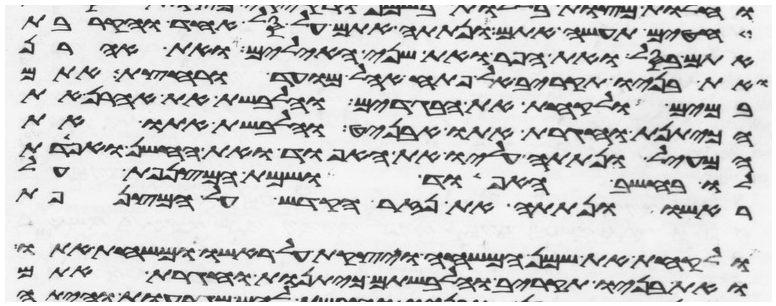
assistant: חטים תעשה אתם ונתתה אתם על סל אחד והקרבת
אתם בסל ואת הפר ואת שני האילים ואת אהרן
ואת בניו תקריב אל פתח אהל מועד ורחצת אתם
במים ולקחת את הבגדים והלבשת את אהרן את
הכיתנת וחגרת אתו אבניט והלבשת אתו את
המעיל ונתתה עליו את האפוד ואת החשן ואפדת
לו בחשב האפוד ושמת המצנפת על
ראשו ונתתה את נזר הקדש על המצנפת
ולקחת את שמן המשחה ויצקת על ראשו ומשחת אתו
ואת בניו תקריב והלבשתם כיתנות וחגרת אתם